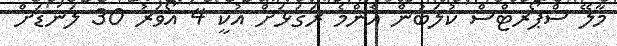
މާލޭ ސްޕޯރޓްސް ކުލަބުން އެންމެ ރަގަޅަށް އުކީ 4 އޯވަރު 30 ލަނޑަށް